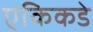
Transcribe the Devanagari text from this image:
एकिकडे